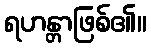
ရဟန္တာဖြစ်၏။